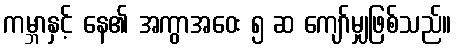
ကမ္ဘာနှင့် နေ၏ အကွာအဝေး ၅ ဆ ကျော်မျှဖြစ်သည်။